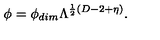
\phi = \phi _ { d i m } \Lambda ^ { \frac { 1 } { 2 } ( D - 2 + \eta ) } .